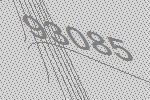
93085